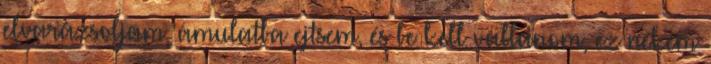
elvarázsoljam, ámulatba ejtsem, és be kell vallanom, ez nekem